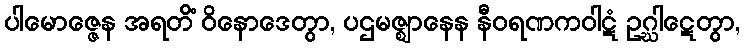
ပါမောဇ္ဇေန အရတိံ ဝိနောဒေတွာ, ပဌမဇ္ဈာနေန နီဝရဏကဝါဋံ ဥဂ္ဃါဋေတွာ,